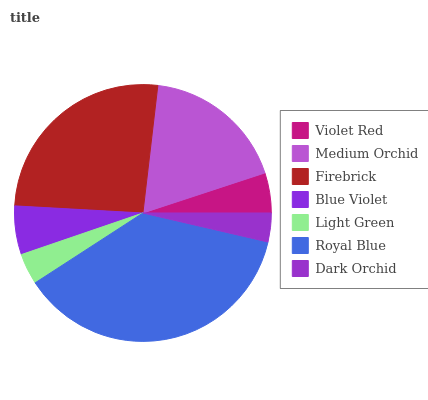
| Violet Red | Medium Orchid | Firebrick | Blue Violet | Light Green | Royal Blue | Dark Orchid |
 | --- | --- | --- | --- | --- | --- | --- |
 | 5.04% | 18.1% | 25.9% | 6.12% | 3.91% | 37.2% | 3.63% |